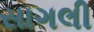
સાગલી